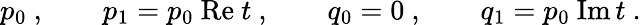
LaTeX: p_{0}\ ,\qquad p_{1}=p_{0}\ \mathrm{Re}\ t\ ,\qquad q_{0}=0\ ,\qquad q_{1}=p_{0}\ \mathrm{Im}\, t\ .